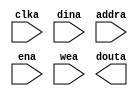
module mcu_pram16k8(
	clka,
	dina,
	addra,
	ena,
	wea,
	douta);


input clka;
input [7 : 0] dina;
input [13 : 0] addra;
input ena;
input [0 : 0] wea;
output [7 : 0] douta;

// synthesis translate_off

      BLK_MEM_GEN_V2_1 #(
		.C_ADDRA_WIDTH(14),
		.C_ADDRB_WIDTH(14),
		.C_ALGORITHM(0),
		.C_BYTE_SIZE(9),
		.C_COMMON_CLK(0),
		.C_DEFAULT_DATA("0"),
		.C_DISABLE_WARN_BHV_COLL(0),
		.C_DISABLE_WARN_BHV_RANGE(0),
		.C_FAMILY("virtex4"),
		.C_HAS_ENA(1),
		.C_HAS_ENB(0),
		.C_HAS_MEM_OUTPUT_REGS(0),
		.C_HAS_MUX_OUTPUT_REGS(0),
		.C_HAS_REGCEA(0),
		.C_HAS_REGCEB(0),
		.C_HAS_SSRA(0),
		.C_HAS_SSRB(0),
		.C_INIT_FILE_NAME("L:\project\hongqiao\R80515\hq_test.cde"),
		.C_LOAD_INIT_FILE(1),
		.C_MEM_TYPE(0),
		.C_PRIM_TYPE(3),
		.C_READ_DEPTH_A(16384),
		.C_READ_DEPTH_B(16384),
		.C_READ_WIDTH_A(8),
		.C_READ_WIDTH_B(8),
		.C_SIM_COLLISION_CHECK("ALL"),
		.C_SINITA_VAL("0"),
		.C_SINITB_VAL("0"),
		.C_USE_BYTE_WEA(0),
		.C_USE_BYTE_WEB(0),
		.C_USE_DEFAULT_DATA(0),
		.C_WEA_WIDTH(1),
		.C_WEB_WIDTH(1),
		.C_WRITE_DEPTH_A(16384),
		.C_WRITE_DEPTH_B(16384),
		.C_WRITE_MODE_A("NO_CHANGE"),
		.C_WRITE_MODE_B("WRITE_FIRST"),
		.C_WRITE_WIDTH_A(8),
		.C_WRITE_WIDTH_B(8))
	inst (
		.CLKA(clka),
		.DINA(dina),
		.ADDRA(addra),
		.ENA(ena),
		.WEA(wea),
		.DOUTA(douta),
		.REGCEA(),
		.SSRA(),
		.CLKB(),
		.DINB(),
		.ADDRB(),
		.ENB(),
		.REGCEB(),
		.WEB(),
		.SSRB(),
		.DOUTB());


// synthesis translate_on

endmodule